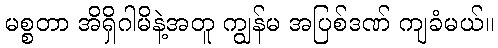
မစ္စတာ အိရှိဂါမိနဲ့အတူ ကျွန်မ အပြစ်ဒဏ် ကျခံမယ်။